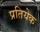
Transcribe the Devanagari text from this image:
प्रतियेक